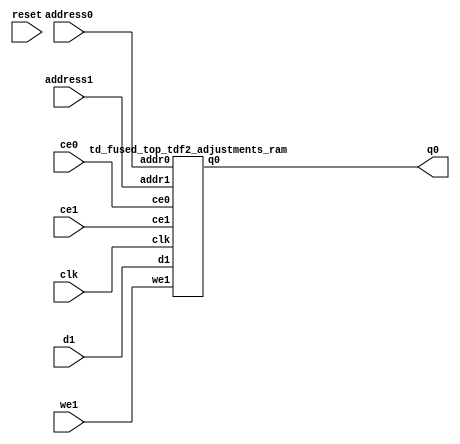
`define EXPONENT 5
`define MANTISSA 10
`define ACTUAL_MANTISSA 11
`define EXPONENT_LSB 10
`define EXPONENT_MSB 14
`define MANTISSA_LSB 0
`define MANTISSA_MSB 9
`define MANTISSA_MUL_SPLIT_LSB 3
`define MANTISSA_MUL_SPLIT_MSB 9
`define SIGN 1
`define SIGN_LOC 15
`define DWIDTH (`SIGN+`EXPONENT+`MANTISSA)
`define IEEE_COMPLIANCE 1

module td_fused_top_tdf2_adjustments(
    reset,
    clk,
    address0,
    ce0,
    q0,
    address1,
    ce1,
    we1,
    d1);

parameter DataWidth = 32'd48;
parameter AddressRange = 32'd32;
parameter AddressWidth = 32'd5;
input reset;
input clk;
input[AddressWidth - 1:0] address0;
input ce0;
output[DataWidth - 1:0] q0;
input[AddressWidth - 1:0] address1;
input ce1;
input we1;
input[DataWidth - 1:0] d1;



td_fused_top_tdf2_adjustments_ram td_fused_top_tdf2_adjustments_ram_U(
    .clk( clk ),
    .addr0( address0 ),
    .ce0( ce0 ),
    .q0( q0 ),
    .addr1( address1 ),
    .ce1( ce1 ),
    .we1( we1 ),
    .d1( d1 )
);

endmodule
module td_fused_top_tdf2_adjustments_ram (addr0, ce0, q0, addr1, ce1, d1, we1,  clk);

parameter DWIDTH = 48;
parameter AWIDTH = 5;
parameter MEM_SIZE = 32;

input[AWIDTH-1:0] addr0;
input ce0;
output reg[DWIDTH-1:0] q0;
input[AWIDTH-1:0] addr1;
input ce1;
input[DWIDTH-1:0] d1;
input we1;
input clk;

 reg [DWIDTH-1:0] ram[MEM_SIZE-1:0];




always @(posedge clk)  
begin 
    if (ce0) begin
        q0 <= ram[addr0];
    end
end


always @(posedge clk)  
begin 
    if (ce1) begin
        if (we1) 
            ram[addr1] <= d1; 
    end
end


endmodule